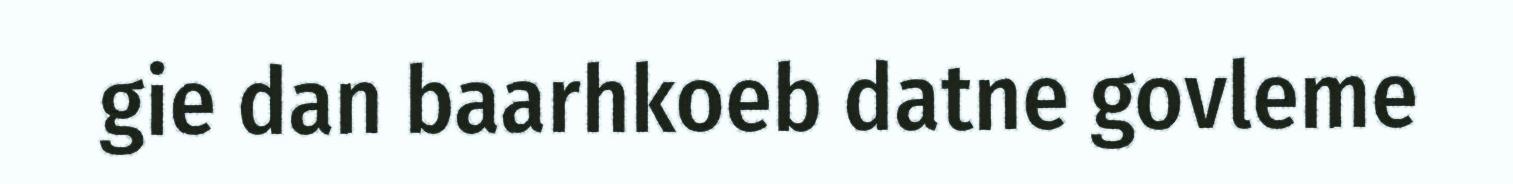
gie dan baarhkoeb datne govleme